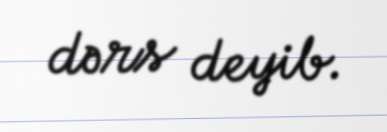
dərs deyib.